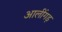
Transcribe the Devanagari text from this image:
आलींगड़